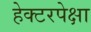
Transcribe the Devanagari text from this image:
हेक्टरपेक्षा